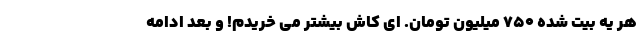
هر یه بیت شده 750 میلیون تومان. ای کاش بیشتر می­ خریدم! و بعد ادامه